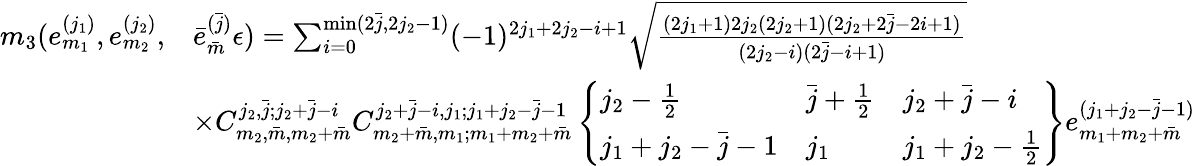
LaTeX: \begin{array}{rl}{m_{3}(e_{m_{1}}^{(j_{1})},e_{m_{2}}^{(j_{2})},}&{\bar{e}_{\bar{m}}^{(\bar{j})}\epsilon)=\sum_{i=0}^{\operatorname*{min}(2\bar{j},2j_{2}-1)}(-1)^{2j_{1}+2j_{2}-i+1}\sqrt{\frac{(2j_{1}+1)2j_{2}(2j_{2}+1)(2j_{2}+2\bar{j}-2i+1)}{(2j_{2}-i)(2\bar{j}-i+1)}}}\\ &{\times C_{m_{2},\bar{m},m_{2}+\bar{m}}^{j_{2},\bar{j};j_{2}+\bar{j}-i}C_{m_{2}+\bar{m},m_{1};m_{1}+m_{2}+\bar{m}}^{j_{2}+\bar{j}-i,j_{1};j_{1}+j_{2}-\bar{j}-1}\left\{ \begin{array}{lll}{j_{2}-\frac{1}{2}}&{\bar{j}+\frac{1}{2}}&{j_{2}+\bar{j}-i}\\ {j_{1}+j_{2}-\bar{j}-1}&{j_{1}}&{j_{1}+j_{2}-\frac{1}{2}}\end{array}\right\} e_{m_{1}+m_{2}+\bar{m}}^{(j_{1}+j_{2}-\bar{j}-1)}}\end{array}